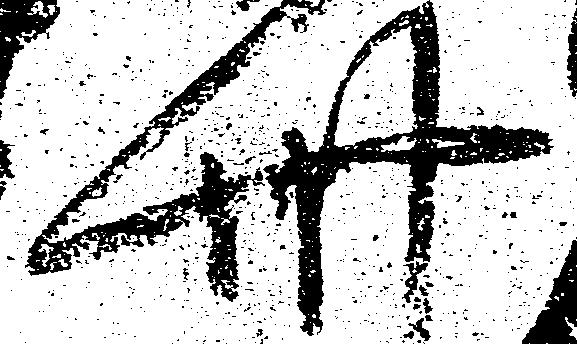
此